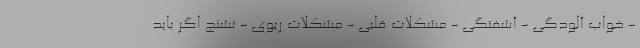
- خواب آلودگی - آشفتگی - مشکلات قلبی - مشکلات ریوی - تشنج اگر باید